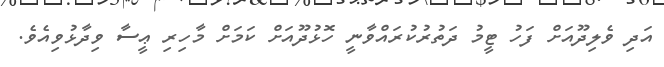
އަދި ވެލިދޫއަށް ފަހު ޓީމު ދަތުރުކުރައްވާނީ ހޮޅުދޫއަށް ކަމަށް މާހިރި ޢީސާ ވިދާޅުވިއެވެ.